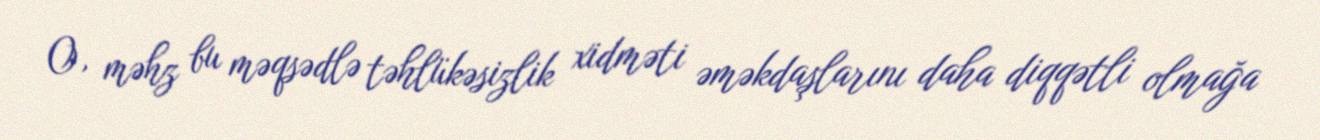
O, məhz bu məqsədlə təhlükəsizlik xidməti əməkdaşlarını daha diqqətli olmağa